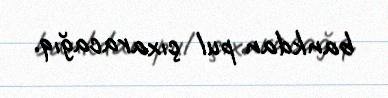
bankdan pul çıxaracağıq.